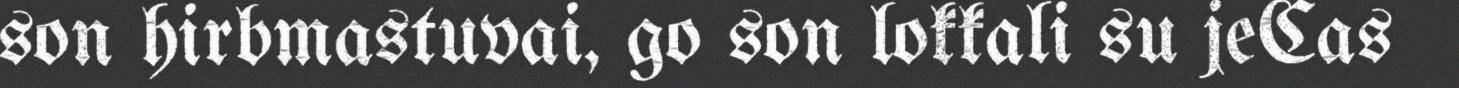
son hirbmastuvai, go son lokkali su jeCas